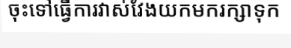
ចុះទៅធ្វើការវាស់វែងយកមករក្សាទុក